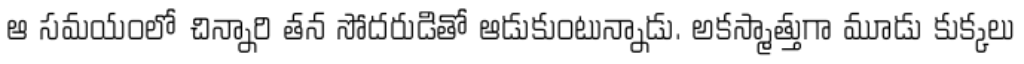
ఆ సమయంలో చిన్నారి తన సోదరుడితో ఆడుకుంటున్నాడు. అకస్మాత్తుగా మూడు కుక్కలు